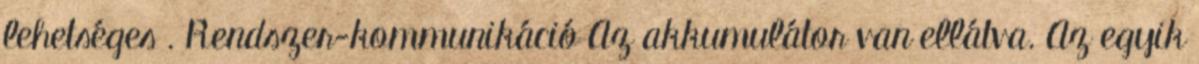
lehetséges . Rendszer-kommunikáció Az akkumulátor van ellátva. Az egyik